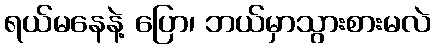
ရယ်မနေနဲ့ ပြော၊ ဘယ်မှာသွားစားမလဲ